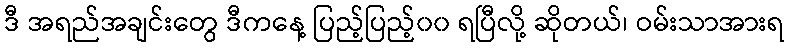
ဒီ အရည်အချင်းတွေ ဒီကနေ့ ပြည့်ပြည့်၀၀ ရပြီလို့ ဆိုတယ်၊ ဝမ်းသာအားရ